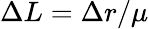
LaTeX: \Delta L=\Delta r/\mu